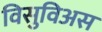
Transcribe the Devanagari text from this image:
विसुविअस